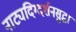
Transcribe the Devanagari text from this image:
नाट्यदिग्दर्शनसुद्धा